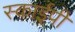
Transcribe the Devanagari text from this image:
स्काईपी